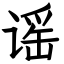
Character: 谣